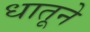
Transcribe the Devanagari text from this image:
धातूने